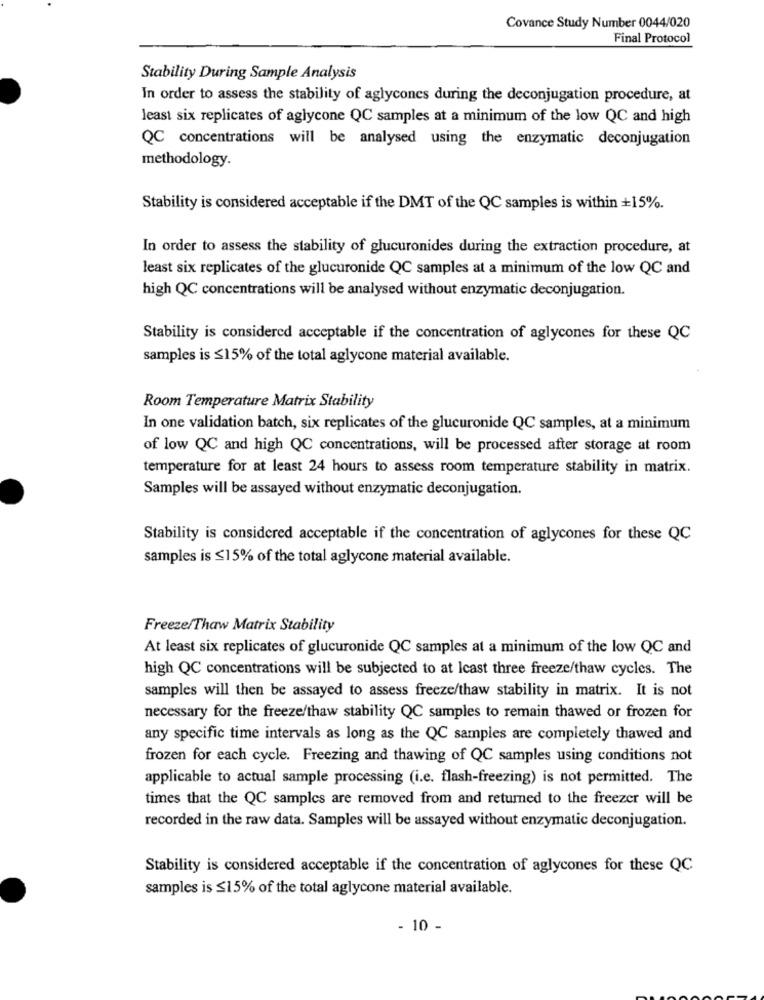
Covance Study Number 0044/020
Final Protocol
Stability During Sample Analysis
In order to assess the stability of aglycones during the deconjugation procedure, at
least six replicates of aglycone QC samples at a minimum of the low QC and high
QC concentrations will be analysed using the enzymatic deconjugation
methodology.
Stability is considered acceptable if the DMT of the QC samples is within +15%.
In order to assess the stability of glucuronides during the extraction procedure, at
least six replicates of the glucuronide QC samples at a minimum of the low QC and
high QC concentrations will be analysed without enzymatic deconjugation.
Stability is considered acceptable if the concentration of aglycones for these QC
samples is ≤15% of the total aglycone material available.
Room Temperature Matrix Stability
In one validation batch, six replicates of the glucuronide QC samples, at a minimum
of low QC and high QC concentrations, will be processed after storage at room
temperature for at least 24 hours to assess room temperature stability in matrix.
Samples will be assayed without enzymatic deconjugation.
Stability is considered acceptable if the concentration of aglycones for these QC
samples is ≤15% of the total aglycone material available.
Freeze/Thaw Matrix Stability
At least six replicates of glucuronide QC samples at a minimum of the low QC and
high QC concentrations will be subjected to at least three freeze/thaw cycles. The
samples will then be assayed to assess freeze/thaw stability in matrix. It is not
necessary for the freeze/thaw stability QC samples to remain thawed or frozen for
any specific time intervals as long as the QC samples are completely thawed and
frozen for each cycle. Freezing and thawing of QC samples using conditions not
applicable to actual sample processing (i.e. flash-freezing) is not permitted. The
times that the QC samples are removed from and returned to the freezer will be
recorded in the raw data. Samples will be assayed without enzymatic deconjugation.
Stability is considered acceptable if the concentration of aglycones for these QC
samples is ≤15% of the total aglycone material available.
- 10 -